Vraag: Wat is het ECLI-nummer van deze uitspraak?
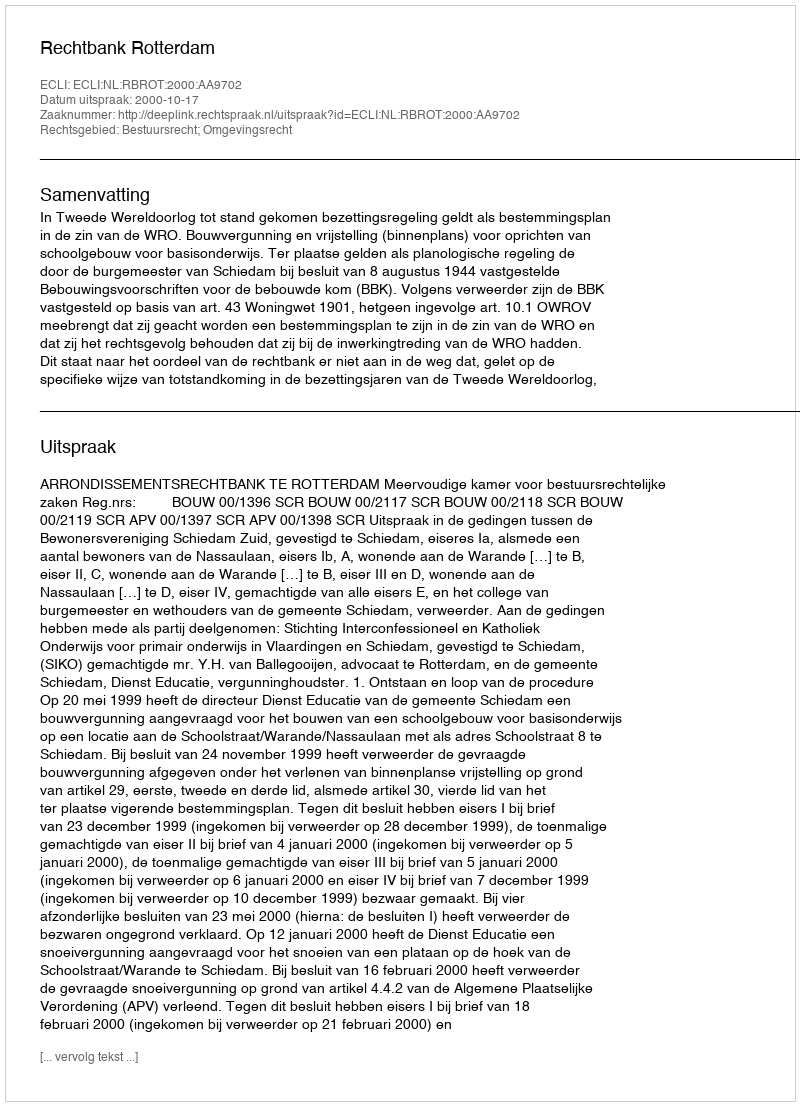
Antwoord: ECLI:NL:RBROT:2000:AA9702